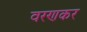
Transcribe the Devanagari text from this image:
वरणकर